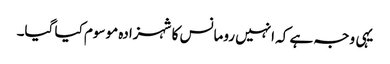
یہی وجہ ہے کہ انہیں رومانس کا شہزادہ موسوم کیا گیا۔